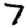
Digit: 7